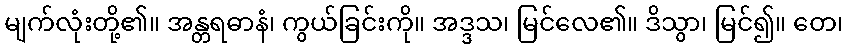
မျက်လုံးတို့၏။ အန္တရဓာနံ၊ ကွယ်ခြင်းကို။ အဒ္ဒသ၊ မြင်လေ၏။ ဒိသွာ၊ မြင်၍။ တေ၊